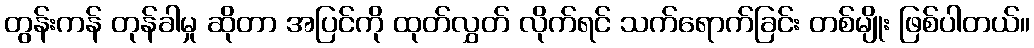
တွန်းကန် တုန်ခါမှု ဆိုတာ အပြင်ကို ထုတ်လွှတ် လိုက်ရင် သက်ရောက်ခြင်း တစ်မျိုး ဖြစ်ပါတယ်။